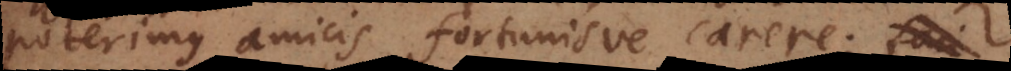
poterimus amicis fortunisve carere; faci